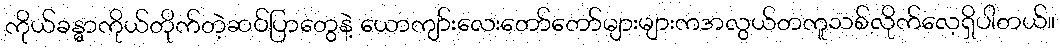
ကိုယ်ခန္ဓာကိုယ်တိုက်တဲ့ဆပ်ပြာတွေနဲ့ ယောကျာ်းလေးတော်တော်များများကအလွယ်တကူသစ်လိုက်လေ့ရှိပါတယ်။